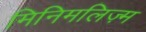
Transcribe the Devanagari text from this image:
मिनिमलिज़्म